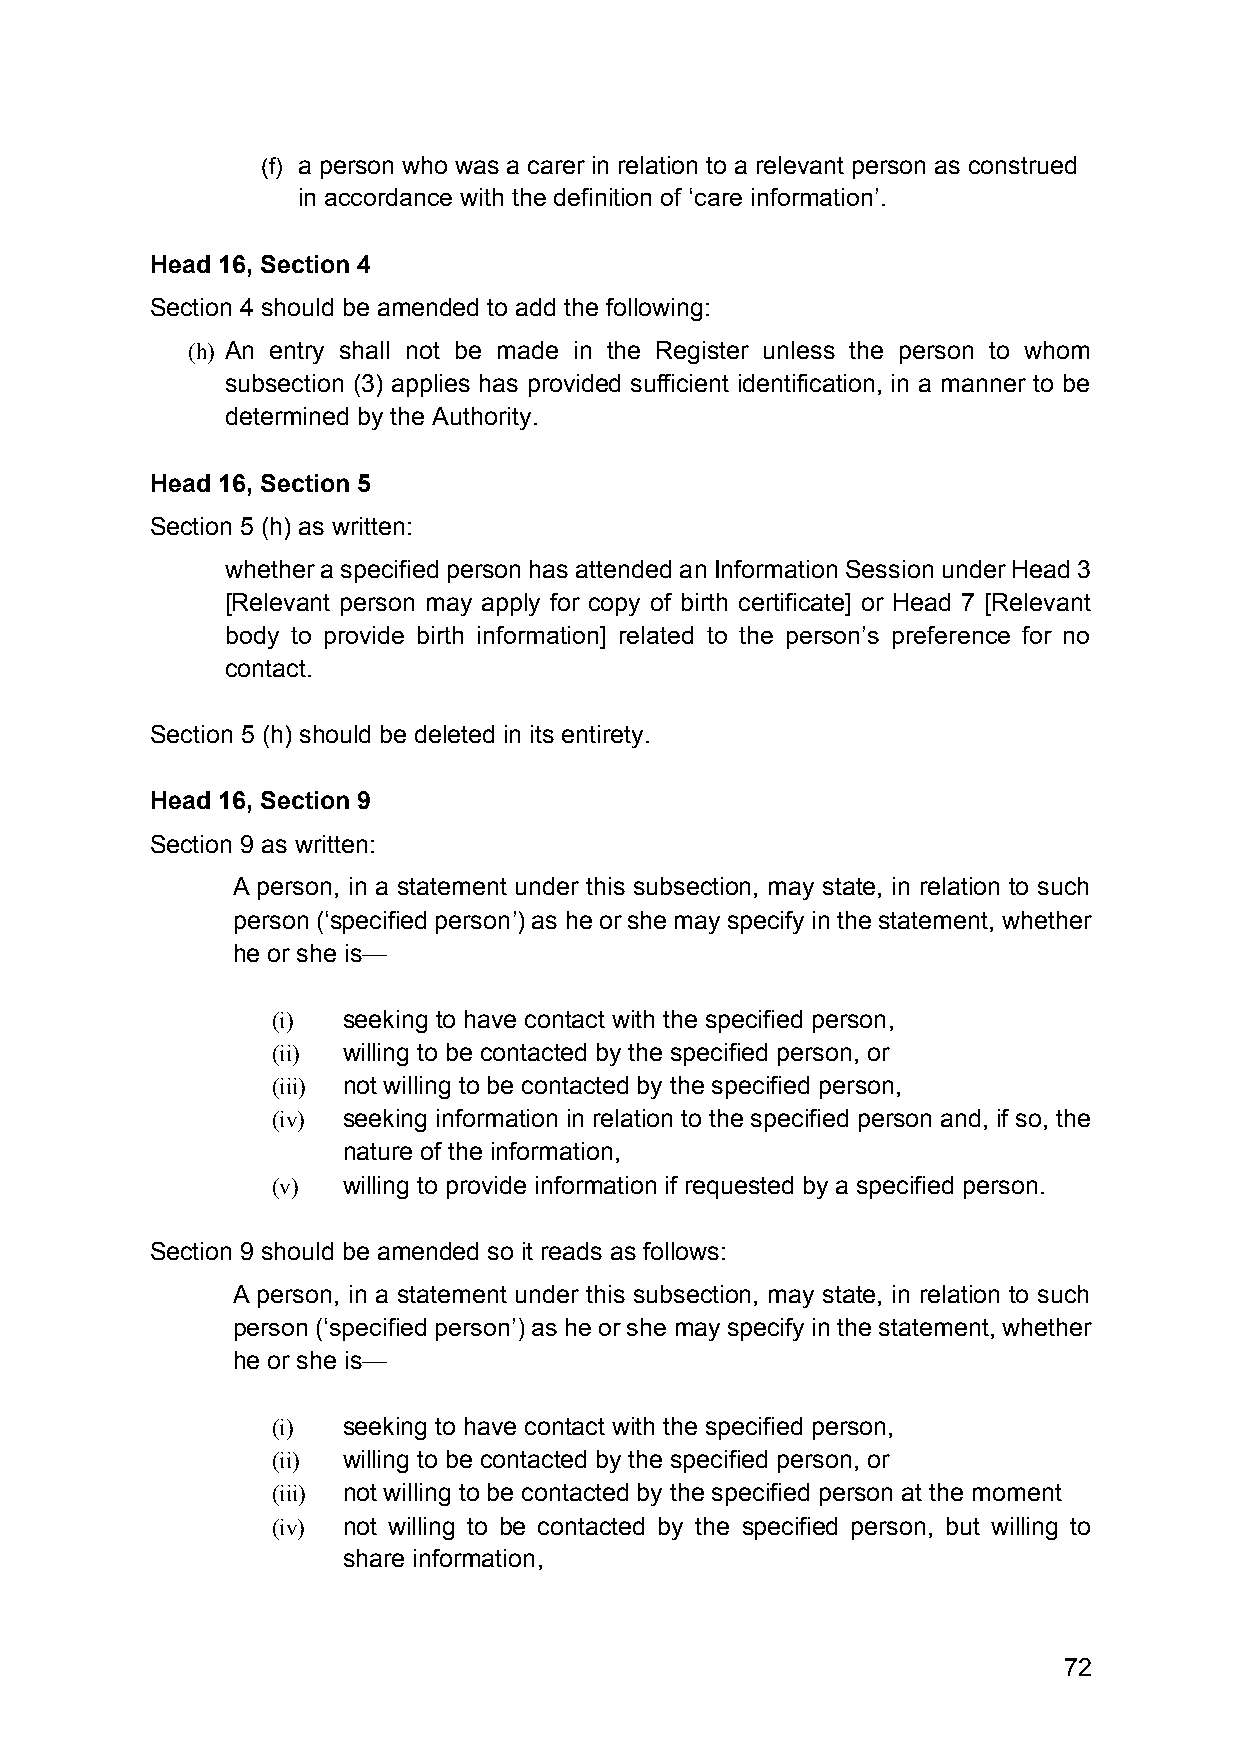
(f) a person who was a carer in relation to a relevant person as construed
 in accordance with the definition of ‘care information’.
 Head 16, Section 4
 Section 4 should be amended to add the following:
 (h) An entry shall not be made in the Register unless the person to whom
 subsection (3) applies has provided sufficient identification, in a manner to be
 determined by the Authority.
 Head 16, Section 5
 Section 5 (h) as written:
 whether a specified person has attended an Information Session under Head 3
 [Relevant person may apply for copy of birth certificate] or Head 7 [Relevant
 body to provide birth information] related to the person’s preference for no
 contact.
 Section 5 (h) should be deleted in its entirety.
 Head 16, Section 9
 Section 9 as written:
 A person, in a statement under this subsection, may state, in relation to such
 person (‘specified person’) as he or she may specify in the statement, whether
 he or she is—
 (i)  seeking to have contact with the specified person,
 (ii) willing to be contacted by the specified person, or
 (iii) not willing to be contacted by the specified person,
 (iv) seeking information in relation to the specified person and, if so, the
 nature of the information,
 (v)  willing to provide information if requested by a specified person.
 Section 9 should be amended so it reads as follows:
 A person, in a statement under this subsection, may state, in relation to such
 person (‘specified person’) as he or she may specify in the statement, whether
 he or she is—
 (i)  seeking to have contact with the specified person,
 (ii) willing to be contacted by the specified person, or
 (iii) not willing to be contacted by the specified person at the moment
 (iv) not willing to be contacted by the specified person, but willing to
 share information,
 72